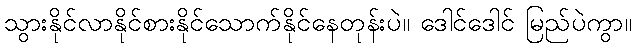
သွားနိုင်လာနိုင်စားနိုင်သောက်နိုင်နေတုန်းပဲ။ ဒေါင်ဒေါင် မြည်ပဲကွာ။